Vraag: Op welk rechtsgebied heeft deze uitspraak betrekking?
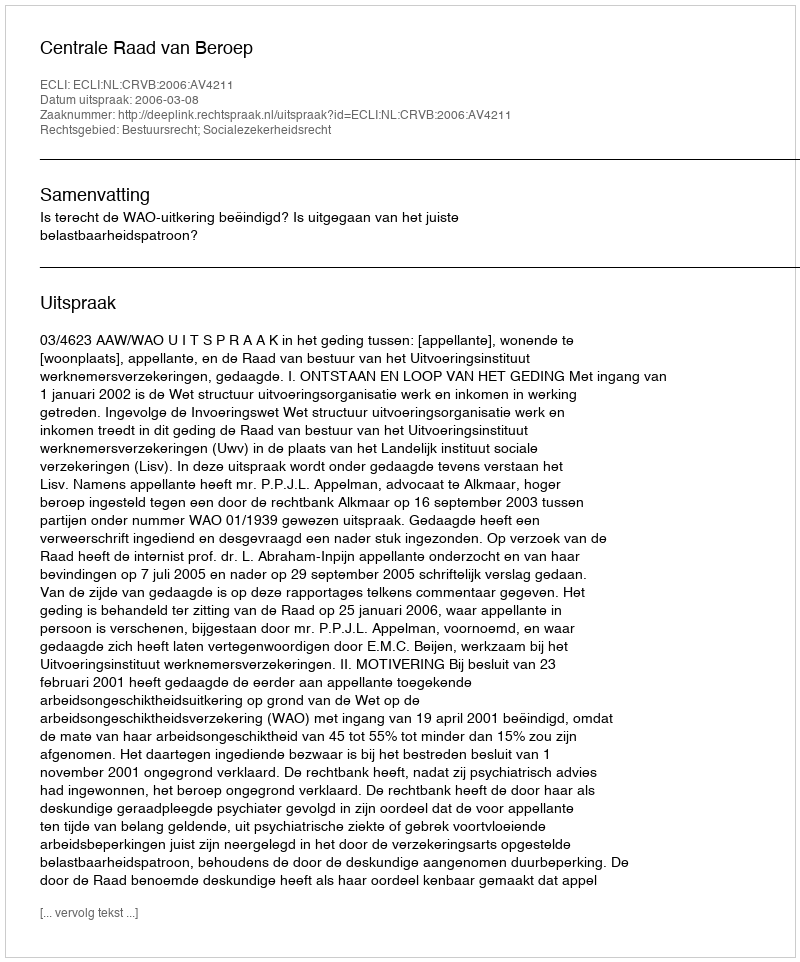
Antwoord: Bestuursrecht; Socialezekerheidsrecht